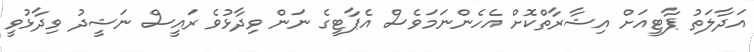
އަދާލަތު ޕާޓީއަށް އިޝާރާތްކޮށް އެހެންނަމަވެސް އެޕާޓީގެ ނަން ވިދާޅުވެ ރައީސް ނަޝީދު ވިދާޅުވީ